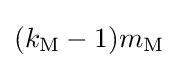
(k_{\textrm {M}}-1)m_{\textrm {M}}